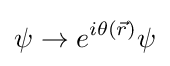
\psi \to e^{i\theta ({\vec {r}})}\psi